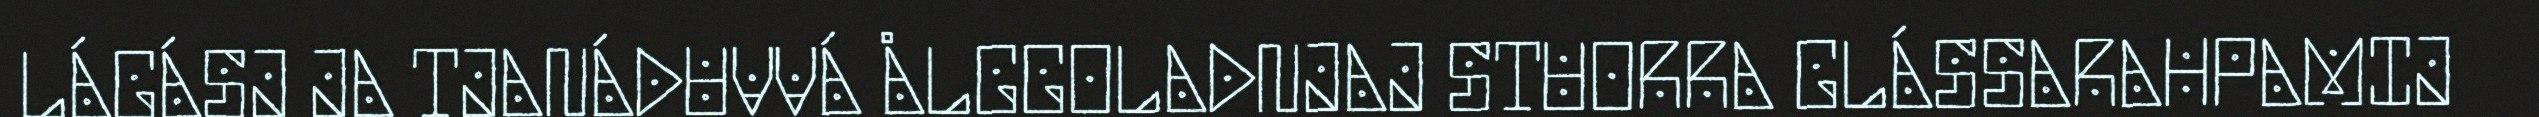
LÁGÁSJ JA TJANÁDUVVÁ ÅLGGOLADNJAJ STUORRA GLÁSSARAHPAMIJ